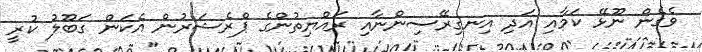
ވެގެން ނޫޅޭ ކަމާއި އަދި އިނގިރޭސިންނާއި ރައްޔިތުންގެ ޕްރެޝަރުން އެކަން ގަބޫލު ކުރީ